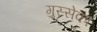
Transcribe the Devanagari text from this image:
गुस्सेका